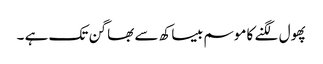
پھول لگنے کا موسم بیساکھ سے بھاگن تک ہے ۔